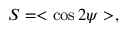
S = < \cos { 2 \psi } > ,